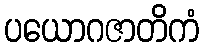
ပယောဂဇာတိကံ